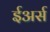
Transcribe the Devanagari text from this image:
ईअर्स